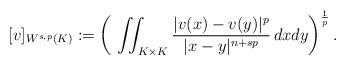
LaTeX: \begin{align*}[v]_{W^{s,p}(K)}:=\left( \,\,\iint_{K\times K}\frac{|v(x)-v(y)|^p}{|x-y|^{n+sp}}\,dxdy \right)^\frac{1}{p}.\end{align*}